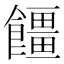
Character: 𮩓